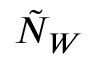
\tilde { N } _ { W }